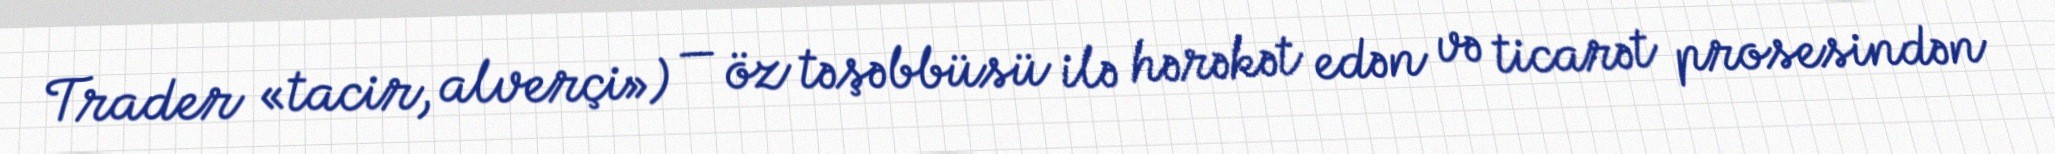
Trader «tacir, alverçi») — öz təşəbbüsü ilə hərəkət edən və ticarət prosesindən